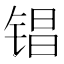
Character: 锠